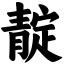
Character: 靛